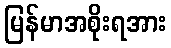
မြန်မာအစိုးရအား